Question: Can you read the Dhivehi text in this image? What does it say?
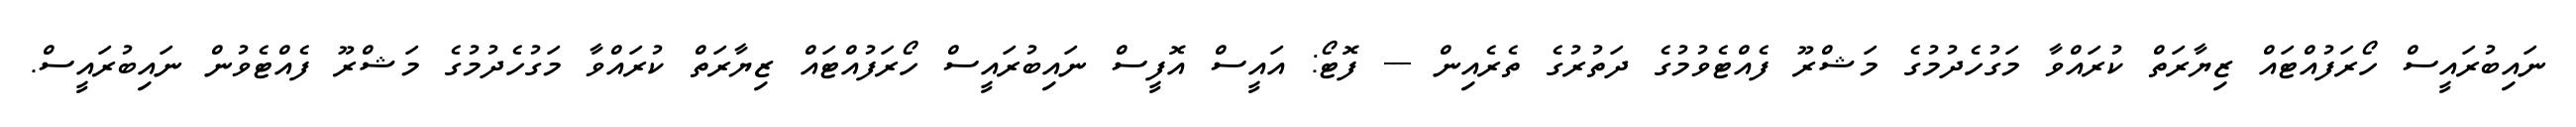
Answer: ނައިބުރައީސް ހޯރަފުއްޓައް ޒިޔާރަތް ކުރައްވާ މަގުހެދުމުގެ މަޝްރޫ ފެއްޓެވުމުގެ ދަތުރުގެ ތެރެއިން --- ފޮޓޯ: އައީސް އޮފީސް ނައިބުރައީސް ހޯރަފުއްޓައް ޒިޔާރަތް ކުރައްވާ މަގުހެދުމުގެ މަޝްރޫ ފެއްޓެވުން ނައިބުރައީސް.